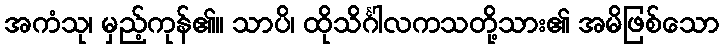
အကံသု၊ မှည့်ကုန်၏။ သာပိ၊ ထိုသိင်္ဂါလကသတို့သား၏ အမိဖြစ်သော